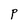
Character: P